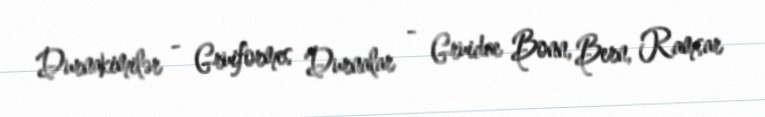
Durnakimilər - Gruiformes Durnalar - Gruidae Bonn, Bern, Ramsar